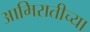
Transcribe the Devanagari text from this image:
आमिरातीच्या